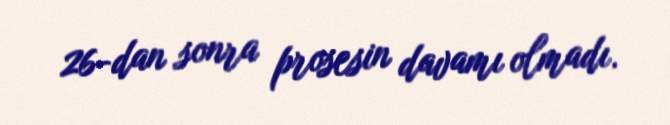
26-dan sonra prosesin davamı olmadı.